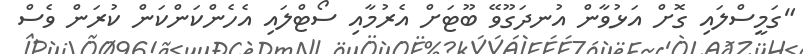
"ގަމީސްލައި ގޮށް އަޅުވާން އުނދަގޫވޭ ބޫޓަށް އެރުމާއި ސޯޓްލައި އެހެންކަންކަން ކުރަން ވެސް